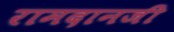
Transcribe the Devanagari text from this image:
रामदानजी